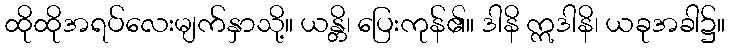
ထိုထိုအရပ်လေးမျက်နှာသို့။ ယန္တိ၊ ပြေးကုန်၏။ ဒါနိ ဣဒါနိ၊ ယခုအခါ၌။